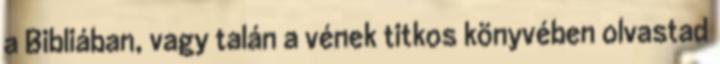
a Bibliában, vagy talán a vének titkos könyvében olvastad